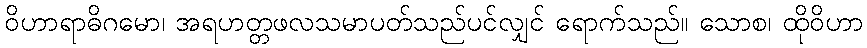
ဝိဟာရာဓိဂမော၊ အရဟတ္တဖလသမာပတ်သည်ပင်လျှင် ရောက်သည်။ သောစ၊ ထိုဝိဟာ